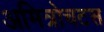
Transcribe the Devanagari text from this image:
अमित्रोचटस